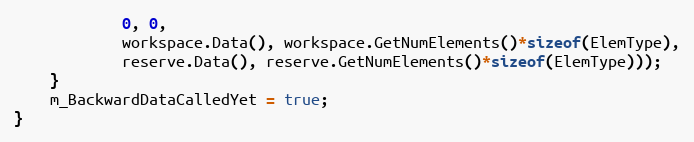
Language: C++
            0, 0,
            workspace.Data(), workspace.GetNumElements()*sizeof(ElemType),
            reserve.Data(), reserve.GetNumElements()*sizeof(ElemType)));
    }
    m_BackwardDataCalledYet = true;
}